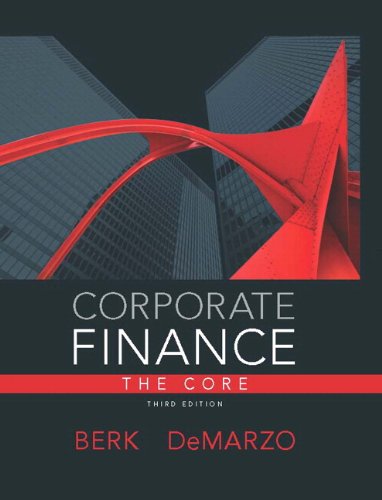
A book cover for Corporate Finance, The Core (3rd Edition) (Pearson Series in Finance); Jonathan Berk; Business & Money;